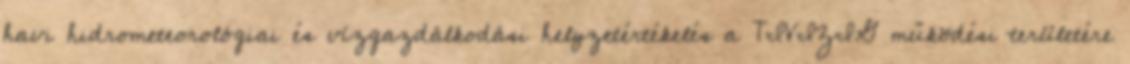
havi hidrometeorológiai és vízgazdálkodási helyzetértékelés a TIVIZIG működési területére